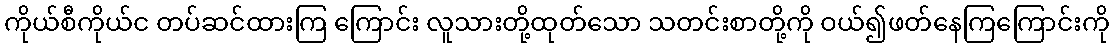
ကိုယ်စီကိုယ်င တပ်ဆင်ထားကြ ကြောင်း လူသားတို့ထုတ်သော သတင်းစာတို့ကို ဝယ်၍ဖတ်နေကြကြောင်းကို